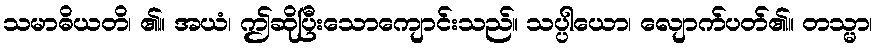
သမာဓိယတိ၊ ၏။ အယံ၊ ဤဆိုပြီးသောကျောင်းသည်။ သပ္ပါယော၊ လျောက်ပတ်၏။ တသ္မာ၊